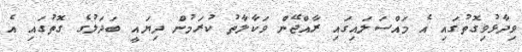
ވިދާޅުވިގޮތުގައި އެ މައްސަލައިގައި ރާއްޖޭން ވަކާލާތު ކުރަމުން ދިޔައީ ބަދަލުގެ ގޮތުގައި އެ